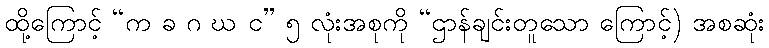
ထို့ကြောင့် “က ခ ဂ ဃ င” ၅ လုံးအစုကို “ဌာန်ချင်းတူသော ကြောင့်) အစဆုံး